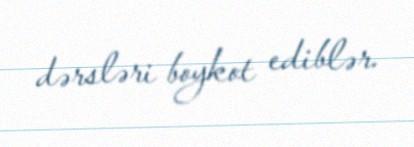
dərsləri boykot ediblər.